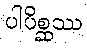
ပါပိစ္ဆဿ